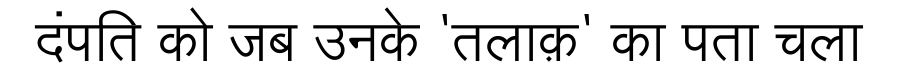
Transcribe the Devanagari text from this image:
दंपति को जब उनके 'तलाक़' का पता चला